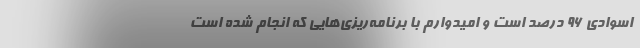
اسوادی ۹۶ درصد است و امیدوارم با برنامه‌ریزی‌هایی که انجام شده است